Civil Veterinary Department. Central Provinces & Berar 1925-31 - 1925-1931
Year: 1925
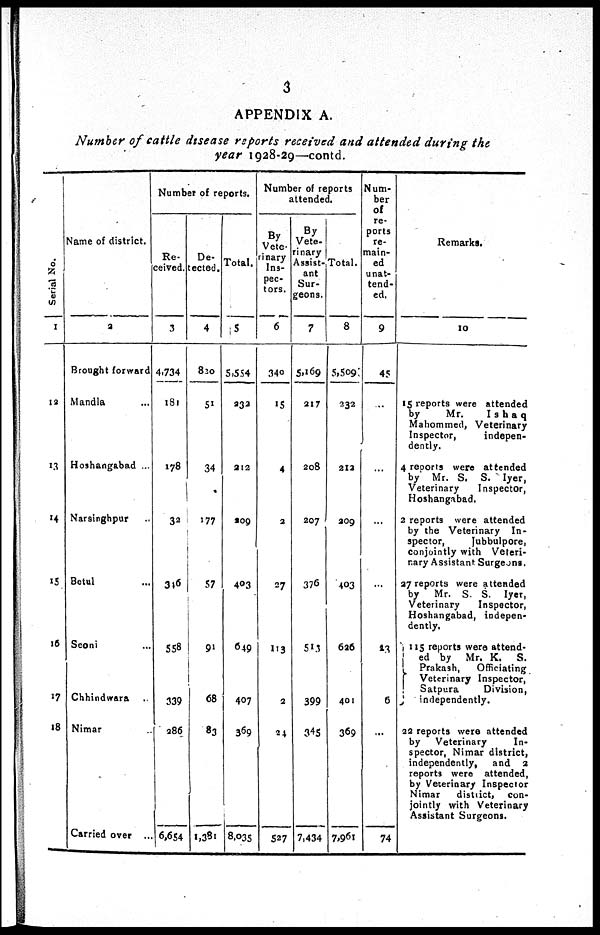
3
APPENDIX A.
Number of cattle disease reports received and attended during the
year 1928-29—contd.
Serial No.
1
12
13
14
15
16
17
18
Name of district.
2
Brought forward
Mandla ...
Hoshangabad ...
Narsinghpur ...
Betul ...
Seoni ...
Chhindwara ...
Nimar ...
Carried over ...
Number of reports.
Re-
ceived.
3
4,734
181
178
32
346
558
339
286
6,654
De-
ected.
4
820
51
34
177
57
91
68
83
1,381
Total.
5
5,554
933
212
209
403
649
407
369
8,035
Number of reports
attended.
By
Vete-
rinary
Ins-
pec-
tors.
6
340
15
4
2
27
113
2
24
527
By
Vete-
rinary
Assist-
ant
Sur-
geons.
7
5,169
217
208
207
376
513
399
345
7,434
Total.
8
5,509
232
212
209
403
626
401
369
7,961
Num-
ber
of
re-
ports
re-
main-
ed
unat-
tend-
ed.
9
45
...
...
...
...
43
6
...
74
Remarks.
10
15 reports were attended
by
Mr.
Ishaq
Mahommed, Veterinary
Inspector,
indepen-
dently.
4 reports were attended
by Mr. S. S. Iyer,
Veterinary
Inspector,
Hoshangabad.
2 reports were attended
by the Veterinary In-
spector,
Jubbulpore,
conjointly with Veteri-
nary Assistant Surgeons.
27 reports were attended
by Mr. S. S. Iyer,
Veterinary
Inspector,
Hoshangabad, indepen-
dently.
115 reports were attend-
ed by Mr. K.
S.
Prakash,
Officiating
Veterinary Inspector,
Satpura
Division,
independently.
22 reports were attended
by Veterinary
In-
spector, Nimar district,
independently,
and a
reports were attended,
by Veterinary Inspector
Nimar
district, con-
jointly with Veterinary
Assistant Surgeons.